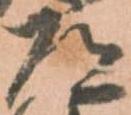
道